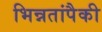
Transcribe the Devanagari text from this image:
भिन्नतांपैकी